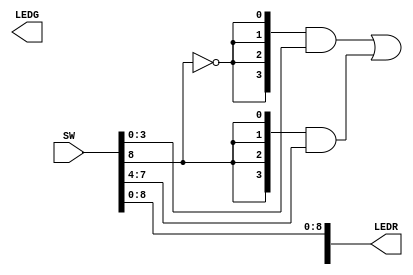
module multiplexer_with_SW_LED (SW,LEDR,LEDG);

	input [9:0] SW;
	output [9:0] LEDG, LEDR;
	
	assign LEDG [7:4] = ({4{~SW[8]}} & SW[3:0])| ({4{SW[8]}} & SW[7:4]);
	assign LEDR [8:0] = SW [8:0];
	
endmodule